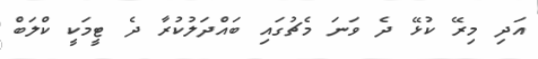
އަދި މިރޭ ކުޅޭ ދެ ވަނަ މެޗުގައި ބައްދަލުކުރާ ދެ ޓީމަކީ ކްލަބް